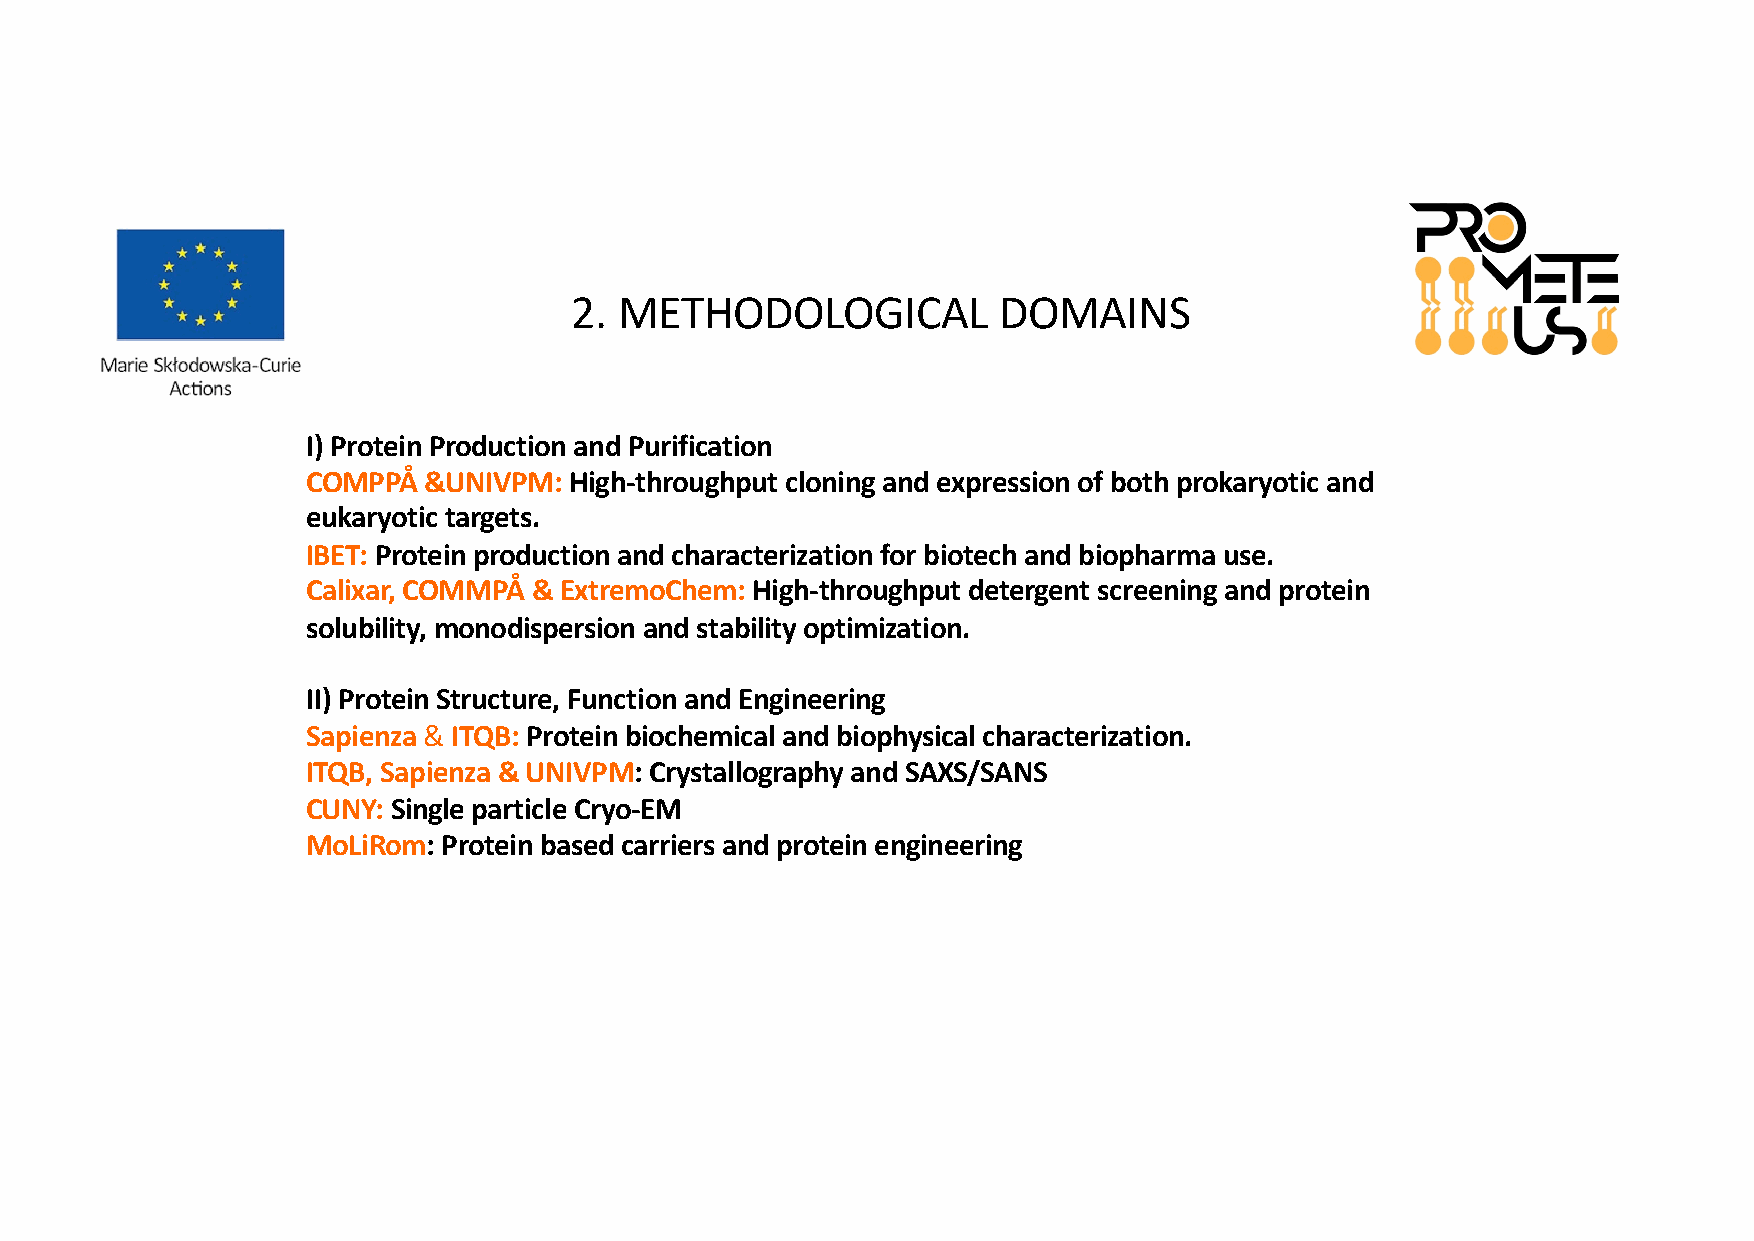
2. METHODOLOGICAL           DOMAINS
 I) Protein Production and Purification
 COMPPÅ  &UNIVPM:  High-throughput cloning and expression of both prokaryotic and
 eukaryotic targets.
 IBET: Protein production and characterization for biotech and biopharma use.
 Calixar, COMMPÅ & ExtremoChem: High-throughput detergent screening and protein
 solubility, monodispersion and stability optimization.
 II) Protein Structure, Function and Engineering
 Sapienza & ITQB: Protein biochemical and biophysical characterization.
 ITQB, Sapienza & UNIVPM: Crystallography and SAXS/SANS
 CUNY: Single particle Cryo-EM
 MoLiRom: Protein based carriers and protein engineering